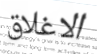
الاغلاق